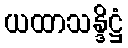
ယထာသန္ဒိဋ္ဌံ